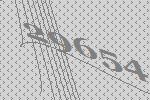
29654